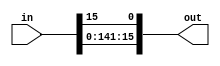
module Rotate_L(in,out);
  input [15:0] in;
  output [15:0] out;
  parameter N = 1;
  assign out = (N==0) ? in : {in[15-N:0],in[15:16-N]}; 
endmodule